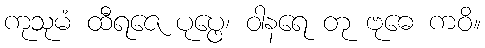
ကုသုမံ ထီရဇေ ပုပ္ဖေ၊ ဝါနရေ တု ဗုဓေ ကဝိ။